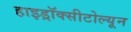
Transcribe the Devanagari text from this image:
हाइड्रॉक्सीटोल्यून